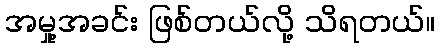
အမှု့အခင်း ဖြစ်တယ်လို့ သိရတယ်။